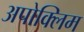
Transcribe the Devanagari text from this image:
अपोक्लिम